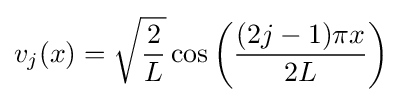
v_{j}(x)={\sqrt {\frac {2}{L}}}\cos \left({\frac {(2j-1)\pi x}{2L}}\right)